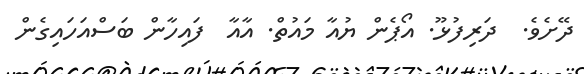
ދޭށެވެ.  ދަރިފުޅޫ. އޯޕެން ޔުއާ މައުތް. އާއާ  ފައިހާން ބަސްއަހައިގެން